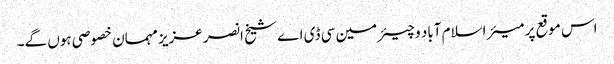
اس موقع پر میئر اسلام آباد و چیئرمین سی ڈی اے شیخ انصر عزیز مہمان خصوصی ہوں گے۔